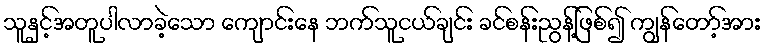
သူနှင့်အတူပါလာခဲ့သော ကျောင်းနေ ဘက်သူငယ်ချင်း ခင်စန်းညွန့်ဖြစ်၍ ကျွန်တော့်အား